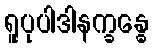
ရူပုပါဒါနက္ခန္ဓေ